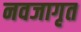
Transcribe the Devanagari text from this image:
नवजागृत